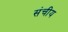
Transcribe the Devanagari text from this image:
संचीय